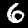
Digit: 6